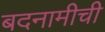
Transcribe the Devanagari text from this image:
बदनामीची